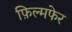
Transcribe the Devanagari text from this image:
फ़िल्मफेर